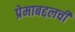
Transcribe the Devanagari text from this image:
प्रेमाबद्दलची